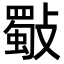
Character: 斀